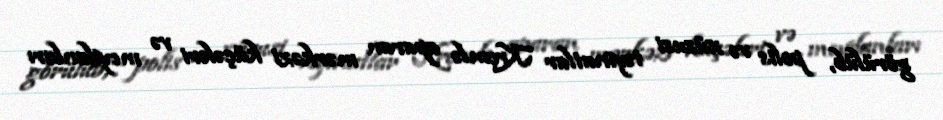
görülüb, polis və xüsusi təyinatlar Kremlə aparan mərkəzi küçələri və meydanları